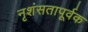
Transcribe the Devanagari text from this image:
नृशंसतापूर्वक